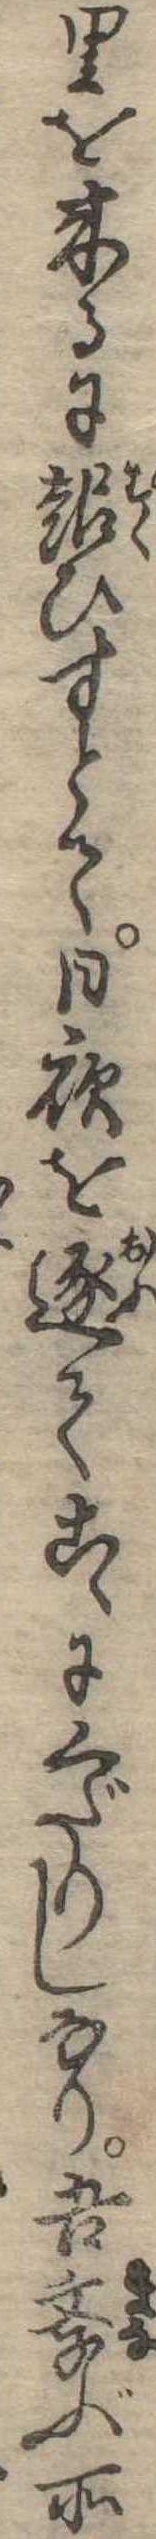
里を来るに報ひすとて日夜を逐てこゝにくだりしなり吾学ぶ所